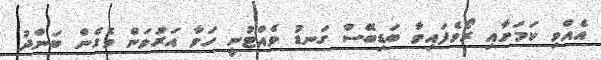
އެއްވި ކަމަށާއި ރޯވެފައިވާ ބަޑިބޭސް ގަނޑު ވެއްޓުނީ ހަވާ އަރުވަން ވެގެން ބަންދު